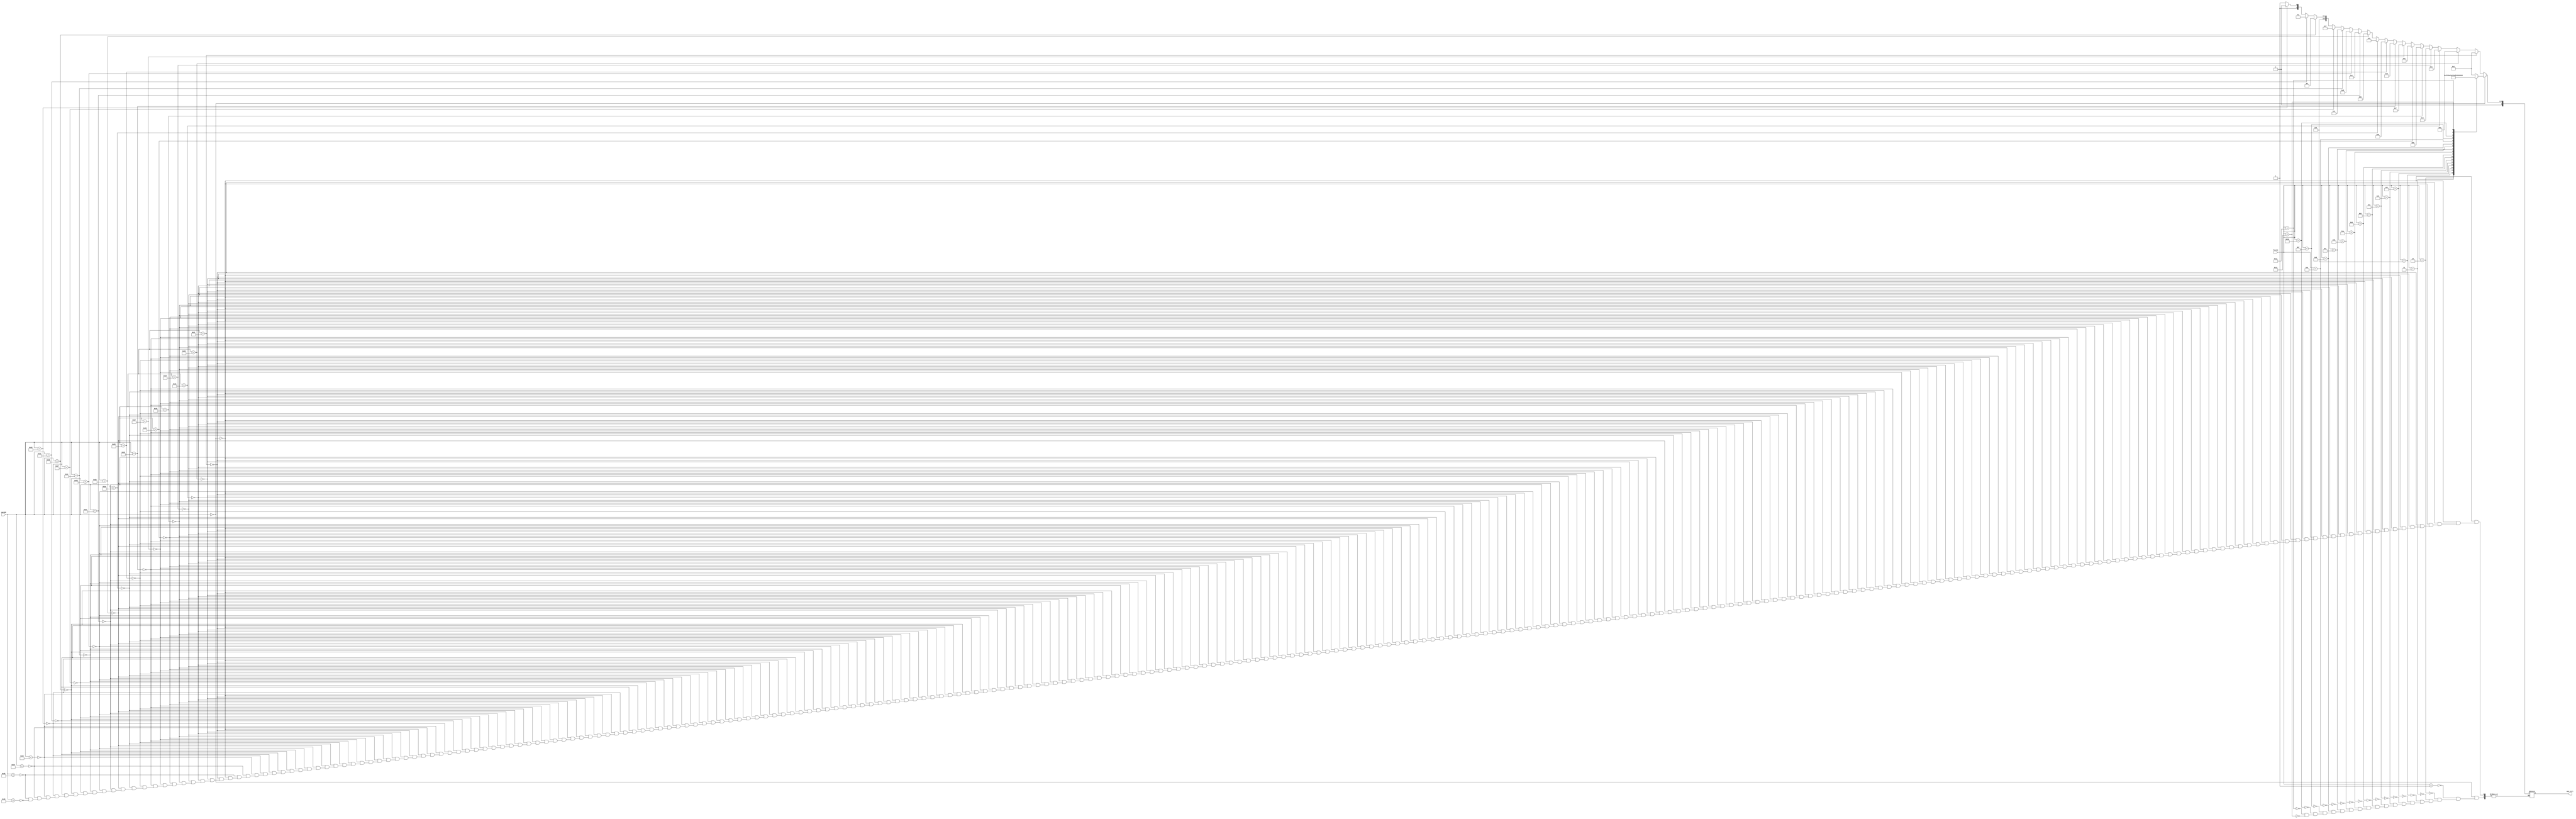
    `timescale 1ns / 1ps
    //////////////////////////////////////////////////////////////////////////////////
    // Company: 
    // Engineer: 
    // 
    // Design Name: 
    // Module Name: Combinatorial_ckt
    // Project Name: 
    // Target Devices: 
    // Tool Versions: 
    // Description: 
    // 
    // Dependencies: 
    // 
    // Revision:
    // Revision 0.01 - File Created
    // Additional Comments:
    // 
    //////////////////////////////////////////////////////////////////////////////////
    
    

    module Combinatorial_ckt(opcode, fncode, ALU_Ctrl);
    input [5:0]opcode;
    input [5:0]fncode;
    output reg [5:0]ALU_Ctrl;
    
    always@(*)
    begin
    if(opcode == 6'b000000)
    begin
    case(fncode)
    
    6'b000001: begin
      ALU_Ctrl <= 6'b000001;
      end
    6'b000010:begin
      ALU_Ctrl <= 6'b000010;
      end 
    6'b000011:begin
      ALU_Ctrl <= 6'b000011;
      end 
    6'b000100:begin
      ALU_Ctrl <= 6'b000100;
      end 
    6'b000101:begin
      ALU_Ctrl <= 6'b000101;
      end 
    6'b000110:begin
      ALU_Ctrl <= 6'b000110;
      end 
    6'b000111:begin
      ALU_Ctrl <= 6'b000111;
      end 
    6'b001000:begin
      ALU_Ctrl <= 6'b001000;
      end     
    6'b001001:begin
      ALU_Ctrl <= 6'b001001;
      end 
    6'b001010:begin
      ALU_Ctrl <= 6'b001010;
      end 
    6'b001011:begin
      ALU_Ctrl <= 6'b001011;
      end 
    6'b001100:begin
      ALU_Ctrl <= 6'b001100;
      end 
    6'b001101:begin
      ALU_Ctrl <= 6'b001101;
      end 
    6'b001110:begin
      ALU_Ctrl <= 6'b001110;
      end 
    6'b001111:begin
      ALU_Ctrl <= 6'b001111;
      end 
    6'b010000:begin
      ALU_Ctrl <= 6'b010000;
      end 
    6'b010001:begin
      ALU_Ctrl <= 6'b010001;
      end 
    6'b010010:begin
      ALU_Ctrl <= 6'b010010;
      end
    endcase
    end
    
    
    else if (opcode== 6'b100001) //subtract immediate
    begin
    ALU_Ctrl = 6'b000001;  
    end
    
    else if (opcode == 6'b100010) // and immediate
    begin
    ALU_Ctrl = 6'b000010;
    end  
    
    else if (opcode == 6'b100011) // or immediate
    begin
    ALU_Ctrl = 6'b000011;
    end 
    
    else if (opcode == 6'b100100) // xor immediate 
    begin
    ALU_Ctrl = 6'b000100;
    end  
    
    else if (opcode == 6'b100101) // shift_left logic imm
    begin
    ALU_Ctrl = 6'b000101;
    end  
    
    else if (opcode == 6'b100110) // shift_right logic imm
    begin
    ALU_Ctrl = 6'b000110;
    end  
    
    else if (opcode == 6'b100111) // shift_right arithmetic imm 
    begin
    ALU_Ctrl = 6'b000111;
    end  
    
    else if (opcode == 6'b101000) // rotate_left imm 
    begin
    ALU_Ctrl = 6'b001000;
    end  
    
    else if (opcode == 6'b101001) // rotate_right imm 
    begin 
    ALU_Ctrl = 6'b001001;
    end          
                                                                         
    else if (opcode == 6'b101010) // SLT imm
    begin
    ALU_Ctrl = 6'b001010;
    end     
                   
    else if (opcode == 6'b101011) // SGT imm
    begin
    ALU_Ctrl = 6'b001011;
    end     
            
    else if (opcode == 6'b101100) // SLE imm
    begin
    ALU_Ctrl = 6'b001100;
    end     
    
    else if (opcode == 6'b101101) // SGE imm
    begin
    ALU_Ctrl = 6'b001101;
    end
    
    else if (opcode == 6'b101110) // UGT imm
    begin
    ALU_Ctrl = 6'b001110; // unsigned_extension
    end        
    
    else if (opcode == 6'b101111) //  ULT imm
    begin
    ALU_Ctrl = 6'b001111;
    end  
    
    else if (opcode == 6'b110000) // ULE imm
    begin 
    ALU_Ctrl = 6'b010000;
    end    
    
    else if (opcode == 6'b110001) // UGE imm
    begin
    ALU_Ctrl = 6'b010001;
    end  
    
    else if (opcode == 6'b110010) // add imm
    begin
    ALU_Ctrl = 6'b010010;
    end    
    
    else if (opcode == 6'b110011) // BEQZ imm
    begin
    ALU_Ctrl = 6'b010011; //ADD4
    end   
    
    else if (opcode == 6'b110100) //  BNEZ imm
    begin
    ALU_Ctrl = 6'b010011; //ADD4
    end    
    
    else if (opcode == 6'b110101) // JR 
    begin
    ALU_Ctrl = 6'b010011; //ADD4
    end      
    
    else if (opcode == 6'b110110) // JALR
    begin
    ALU_Ctrl = 6'b010011; //ADD4
    end            
    
    end
    
    endmodule